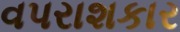
વપરાશકાર